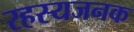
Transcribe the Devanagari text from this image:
रहस्यजनक